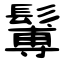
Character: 䰊